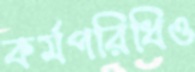
কর্মপরিধিও